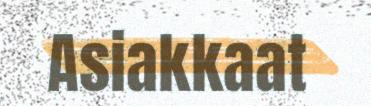
Asiakkaat